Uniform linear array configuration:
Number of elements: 4
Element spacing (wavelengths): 0.25
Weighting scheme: hann
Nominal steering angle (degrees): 60
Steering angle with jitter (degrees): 58.665
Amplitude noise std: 0.05
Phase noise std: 0.05

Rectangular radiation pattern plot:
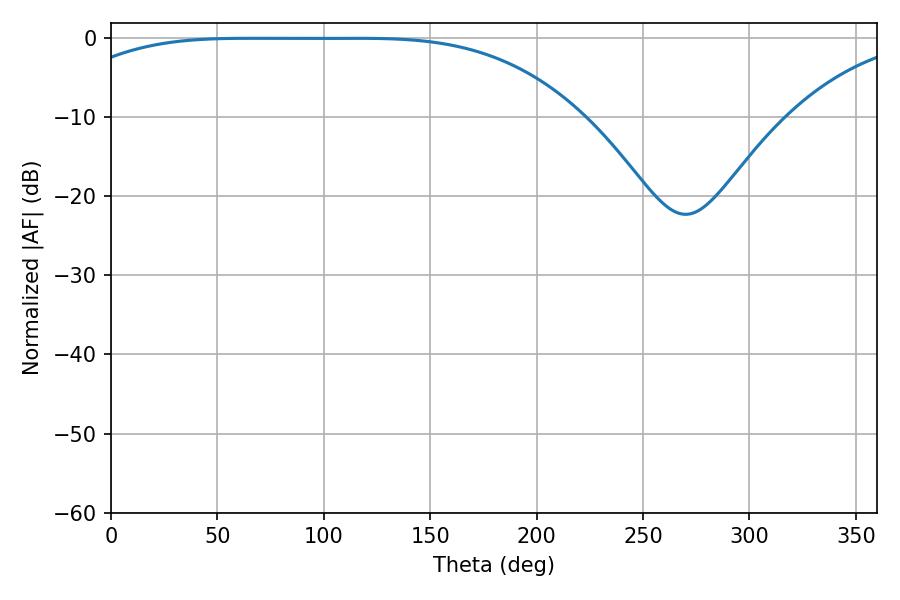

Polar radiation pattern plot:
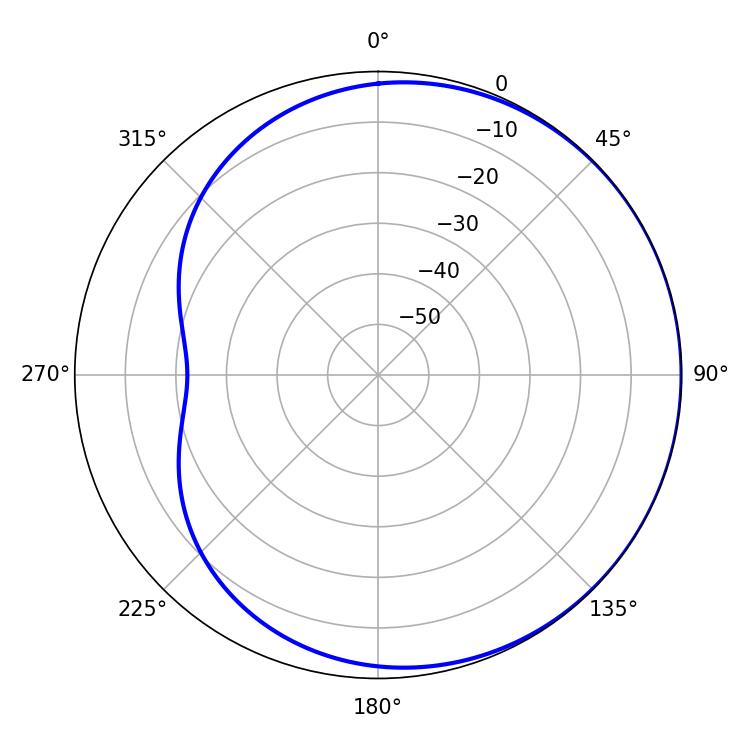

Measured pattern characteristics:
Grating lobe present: FALSE
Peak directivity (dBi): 0.5558
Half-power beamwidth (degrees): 185.58
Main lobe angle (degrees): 64.44